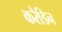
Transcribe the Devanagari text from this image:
करैडिन